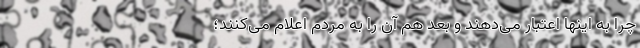
چرا به اینها اعتبار می‌دهند و بعد هم آن را به مردم اعلام می‌کنند؛